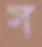
স